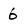
Character: 6